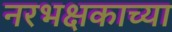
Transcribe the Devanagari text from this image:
नरभक्षकाच्या